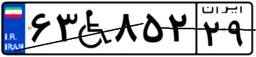
۶۳W۸۵۲۲۹